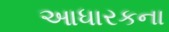
આધારકના